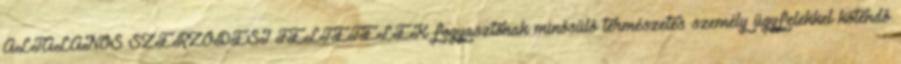
ÁLTALÁNOS SZERZŐDÉSI FELTÉTELEK fogyasztónak minősülő természetes személy ügyfelekkel kötendő